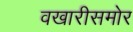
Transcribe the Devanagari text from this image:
वखारीसमोर